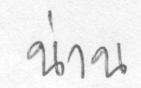
น่าน